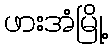
ဖားအံမြို့